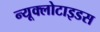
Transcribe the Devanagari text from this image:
न्यूक्लोटाइडस